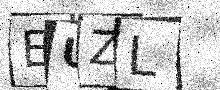
Text: EUZL